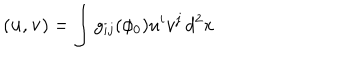
LaTeX: ( { \bf u } , { \bf v } ) = \int g _ { i j } ( \phi _ { 0 } ) u ^ { i } v ^ { j } \, d ^ { 2 } x